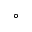
^ \circ